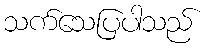
သက်သေပြပါသည်